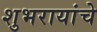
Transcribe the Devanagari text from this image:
शुभरायांचे